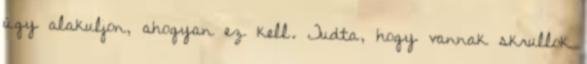
úgy alakuljon, ahogyan ez kell. Tudta, hogy vannak skrullok